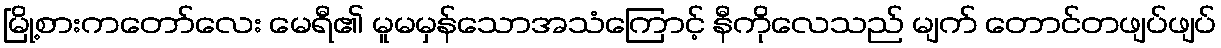
မြို့စားကတော်လေး မေရီ၏ မူမမှန်သောအသံကြောင့် နီကိုလေသည် မျက် တောင်တဖျပ်ဖျပ်